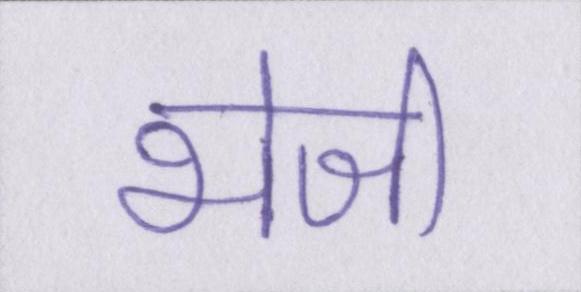
भेजी